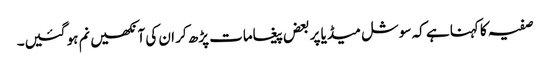
صفیہ کا کہنا ہے کہ سوشل میڈیا پر بعض پیغامات پڑھ کر ان کی آنکھیں نم ہو گئیں۔